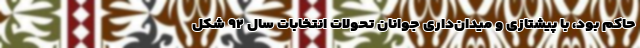
حاکم بود، با پیشتازی و میدان‌داری جوانان تحولات انتخابات سال ۹۲ شکل